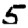
Digit: 5